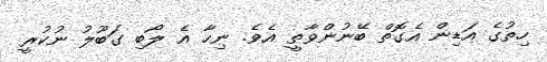
ހިތުގެ އަޑިން އެގޮތް ބޭނުންވާތީ އެވެ. ނިހާ އެ ލޯބި ގަބޫލު ނުކުރީ